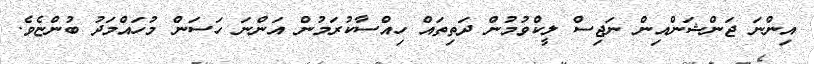
އިންނަ ޖަންޝަންއިން ނަޖިސް ލީކްވުމުން ދަތިތައް ހިއްސާކުރަމުން އަންނަ ހަސަން މުހައްމަދު ބުންޏެވެ.